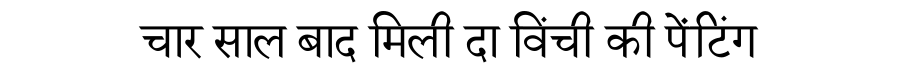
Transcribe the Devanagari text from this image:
चार साल बाद मिली दा विंची की पेंटिंग